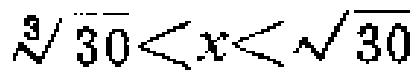
$\sqrt[3]{30}<x<\sqrt{30}$